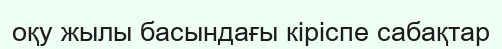
оқу жылы басындағы кіріспе сабақтар